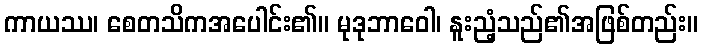
ကာယဿ၊ စေတသိကအပေါင်း၏။ မုဒုဘာဝေါ၊ နူးညံ့သည်၏အဖြစ်တည်း။